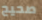
صحيح